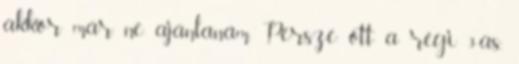
akkor már ne ajánlanám. Persze ott a régi 3-as,